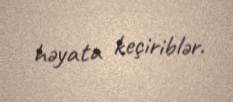
həyata keçiriblər.